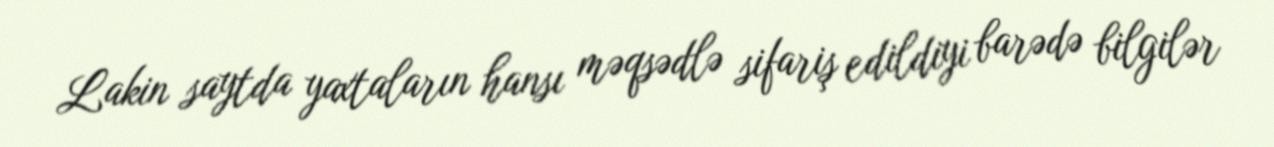
Lakin saytda yaxtaların hansı məqsədlə sifariş edildiyi barədə bilgilər